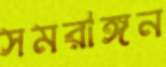
সমরাঙ্গন